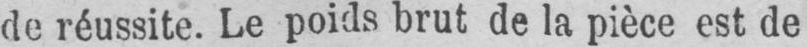
de réussite. Le poids brut de la pièce est de